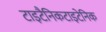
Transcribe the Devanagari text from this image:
टाइटैनिकटाइटेनिक